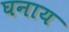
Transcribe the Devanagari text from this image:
घनाय